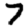
Digit: 7